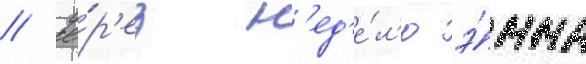
// Че́р'ез н'ед'е́л'ю э́мма